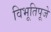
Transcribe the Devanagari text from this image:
विभूतिपूजे